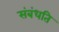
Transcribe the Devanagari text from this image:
संबंधति